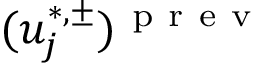
( u _ { j } ^ { \ast , \pm } ) ^ { \mathrm { ~ p ~ r ~ e ~ v ~ } }